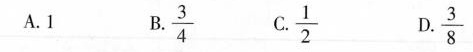
A.1 B. \frac{3}{4} C. \frac{1}{2} D. \frac{3}{8}